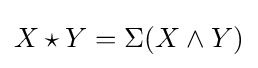
X\star Y=\Sigma (X\wedge Y)